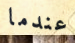
عندما